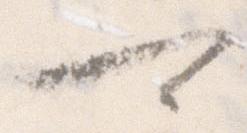
可